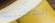
المكتبية